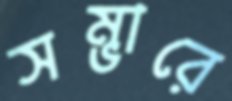
সম্ভারে